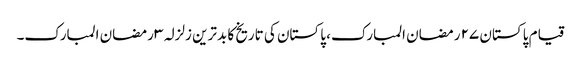
قیام پاکستان ٢٧ رمضان المبارک، پاکستان کی تاریخ کا بدترین زلزلہ ٣ رمضان المبارک۔